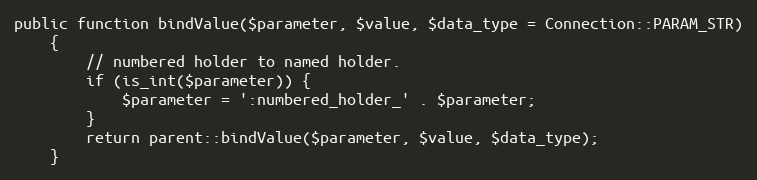
Language: PHP
public function bindValue($parameter, $value, $data_type = Connection::PARAM_STR)
    {
        // numbered holder to named holder.
        if (is_int($parameter)) {
            $parameter = ':numbered_holder_' . $parameter;
        }
        return parent::bindValue($parameter, $value, $data_type);
    }